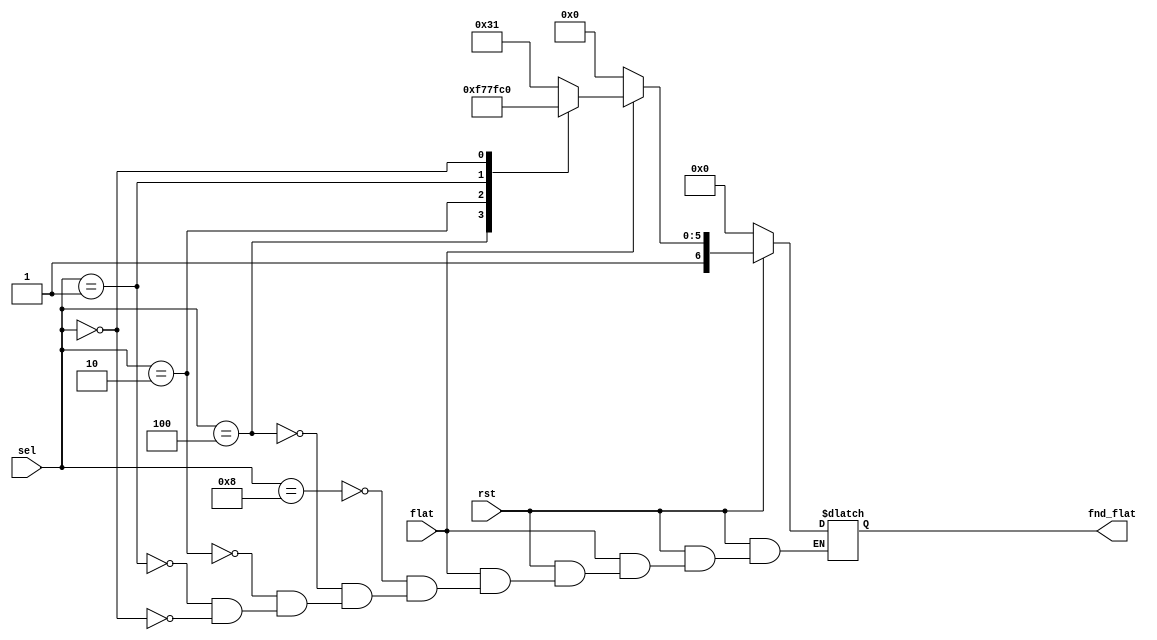
`timescale 1ns / 1ps
//////////////////////////////////////////////////////////////////////////////////
// Company: 
// Engineer: 
// 
// Design Name: 
// Module Name: fnd_flat
// Project Name: 
// Target Devices: 
// Tool Versions: 
// Description: 
// 
// Dependencies: 
// 
// Revision:
// Revision 0.01 - File Created
// Additional Comments:
// 
//////////////////////////////////////////////////////////////////////////////////


module fnd_flat(rst, flat, sel, fnd_flat);

input rst, flat;  
input [3:0] sel; 
output [6:0] fnd_flat; 
 
reg [6:0] fnd_flat;  

    always @ (rst or sel or flat or fnd_flat) begin  
           if(rst == 1) begin  
               if(flat == 0) begin  
                   fnd_flat = 7'b1000000; //-  
                   end  
                else begin // rst = 1, flat = 1 
                    //rst = 1, flat = 1, tone = 0 
                        case (sel)  
                        7'b1000000 : fnd_flat = 7'b0111001; //C   
                        7'b0100000 : fnd_flat = 7'b0111111; //D   
                        7'b0010000 : fnd_flat = 7'b1111001; //E   
                        7'b0001000 : fnd_flat = 7'b1110001; //F 
                        7'b0000100 : fnd_flat = 7'b1111101; //G   
                        7'b0000010 : fnd_flat = 7'b1110111; //A 
                        7'b0000001 : fnd_flat = 7'b1111111; //B  
                        7'b0000000 : fnd_flat = 7'b1000000; //-  
                        endcase 
                    end  
                end      
             else begin 
                fnd_flat = 0; //- 
             end     
         end  
endmodule